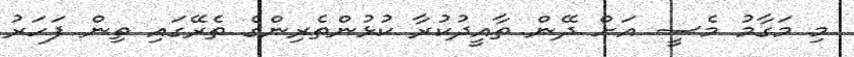
މި މަގާމު މެސީ އަށް ދޭން ތާއީދުކުރާ ކުޅުންތެރިންގެ ތެރޭގައި ތިން ފަހަރު